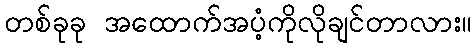
တစ်ခုခု အထောက်အပံ့ကိုလိုချင်တာလား။